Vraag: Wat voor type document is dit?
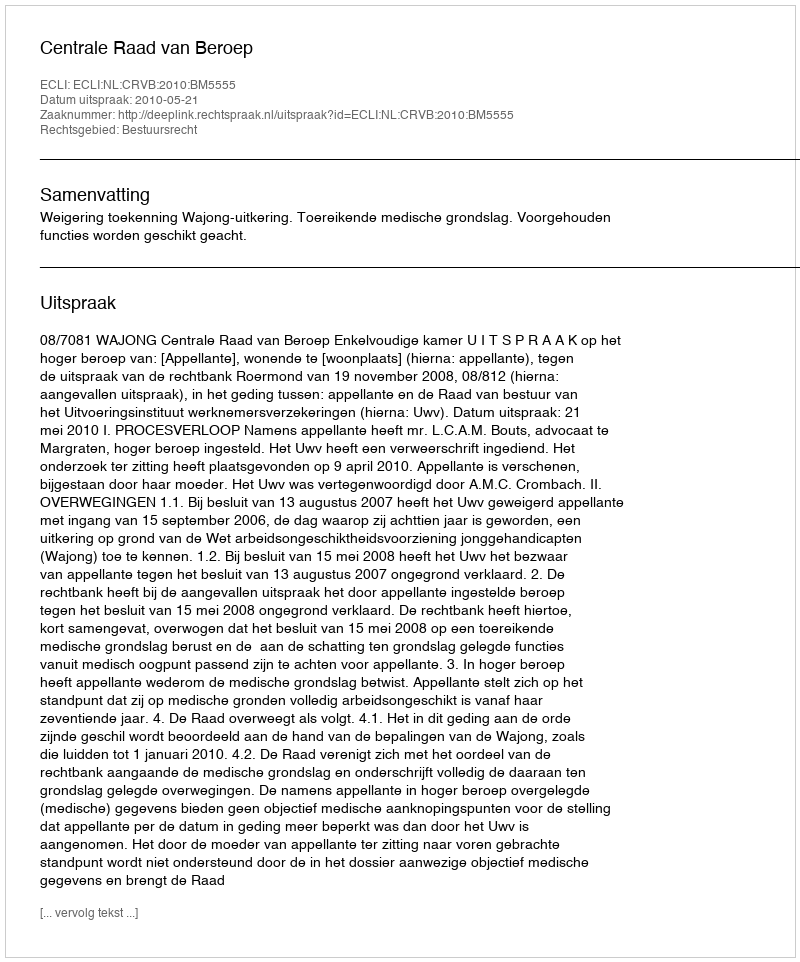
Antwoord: Uitspraak